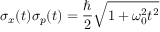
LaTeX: \sigma _ { x } ( t ) \sigma _ { p } ( t ) = { \frac { \hbar } { 2 } } { \sqrt { 1 + \omega _ { 0 } ^ { 2 } t ^ { 2 } } }